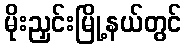
မိုးညှင်းမြို့နယ်တွင်